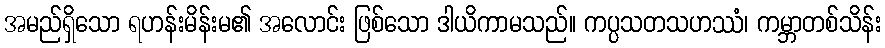
အမည်ရှိသော ရဟန်းမိန်းမ၏ အလောင်း ဖြစ်သော ဒါယိကာမသည်။ ကပ္ပသတသဟဿံ၊ ကမ္ဘာတစ်သိန်း